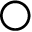
\bigcirc